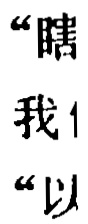
\[

\begin{align*}

AB^{2}-BD^{2}&=AD^{2}=AC^{2}-CD^{2},\\

HB^{2}-BD^{2}&=HD^{2}=HC^{2}-CD^{2},

\end{align*}

\]